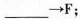
___\rightarrow F;